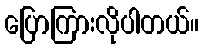
ပြောကြားလိုပါတယ်။